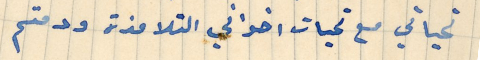
تحياتي مع تحيات اخواني التلامذة ودمتم